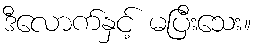
ဒီလောက်နှင့် မပြီးသေး။